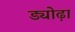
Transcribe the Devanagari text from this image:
ड्योढ़ा